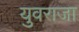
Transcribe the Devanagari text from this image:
युवराजा